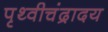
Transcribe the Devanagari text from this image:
पृथ्वीचंद्रादय